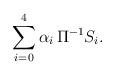
LaTeX: \begin{align*} \sum_{i = 0}^4 \alpha_i \, \Pi^{-1} S_i.\end{align*}